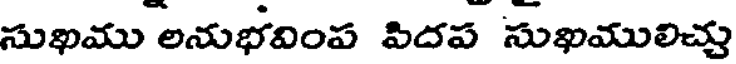
సుఖము అనుభవింప పిదప సుఖములిచ్చు